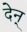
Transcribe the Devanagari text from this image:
देन्